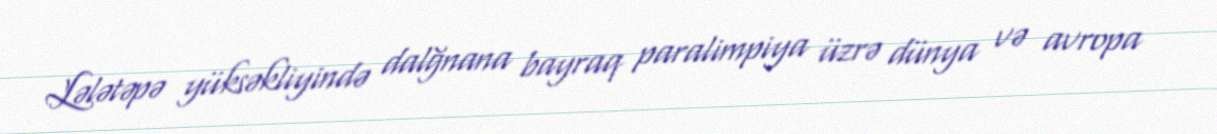
Lələtəpə yüksəkliyində dalğnana bayraq paralimpiya üzrə dünya və avropa